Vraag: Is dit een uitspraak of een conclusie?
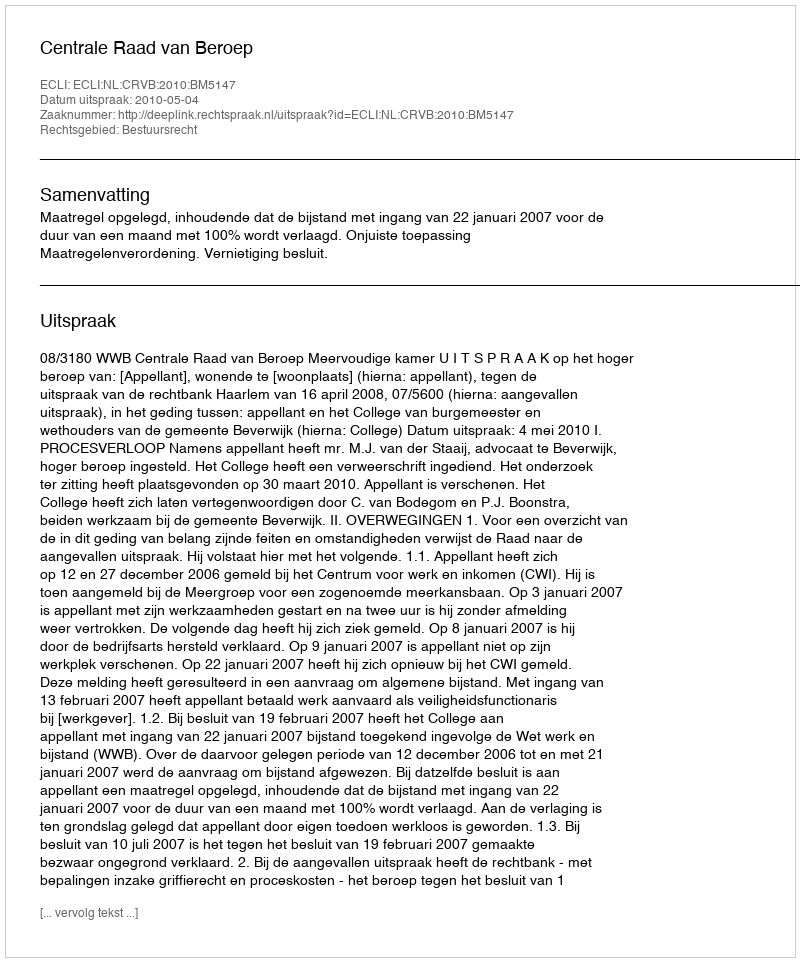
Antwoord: Uitspraak